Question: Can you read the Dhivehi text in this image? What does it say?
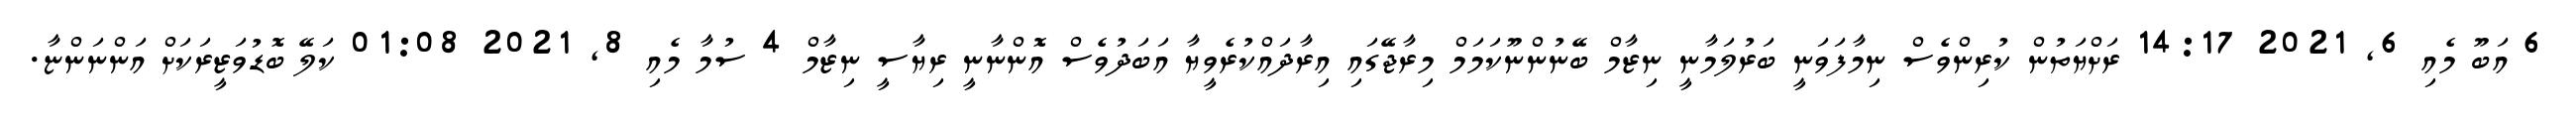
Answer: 6 އަބޫ މެއި 6, 2021 14:17 ރަށްޔަތުން ކުރިންވެސް ނިމާފަވަނީ ބަރުލަމާނީ ނިޒާމް ބޭނުންނޫކަމަމް މިރާޖޭގައި އިރާދައްކުރެވީޔާ އަބަދުވެސް އޮންނާނީ ރިޔާސީ ނިޒާމް 4 ސުމާ މެއި 8, 2021 01:08 ކަލޭ ބޮޑުވަޒީރަކަށް އަންނަންޏާ.